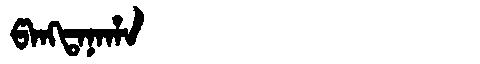
Manchu: ᡦᠠᠩᡨᠠᠨᠠᡥᠠ
Romanization: PANGTANAHA